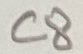
Text: C8